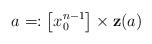
LaTeX: \begin{align*}a=:\left[ x_0^{n-1}\right]\times \mathbf{z}(a)\end{align*}